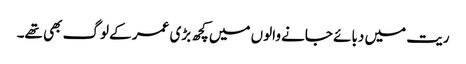
ریت میں دبائے جانے والوں میں کچھ بڑی عمر کے لوگ بھی تھے۔